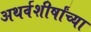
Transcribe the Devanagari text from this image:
अथर्वशीर्षांच्या